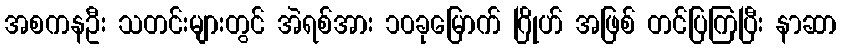
အစကနဦး သတင်းများတွင် အဲရစ်အား ၁၀ခုမြောက် ဂြိုဟ် အဖြစ် တင်ပြကြပြီး နာဆာ